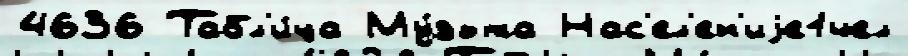
4636 Табл'и́ца Му́зыка Нас'ел'ен'иjе1чел